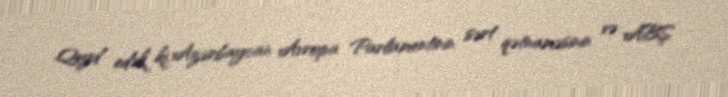
Qeyd edək ki, Azərbaycan Avropa Parlamentinin sərt qətnaməsinin və ABŞ